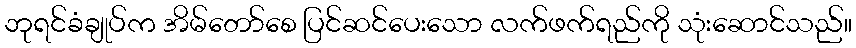
ဘုရင်ခံချုပ်က အိမ်တော်စေ ပြင်ဆင်ပေးသော လက်ဖက်ရည်ကို သုံးဆောင်သည်။